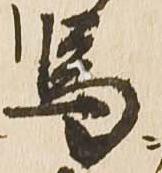
馬